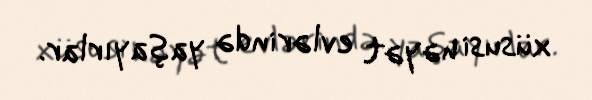
xüsusi həyət evlərində yaşayırlar.